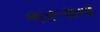
ભરૂચના